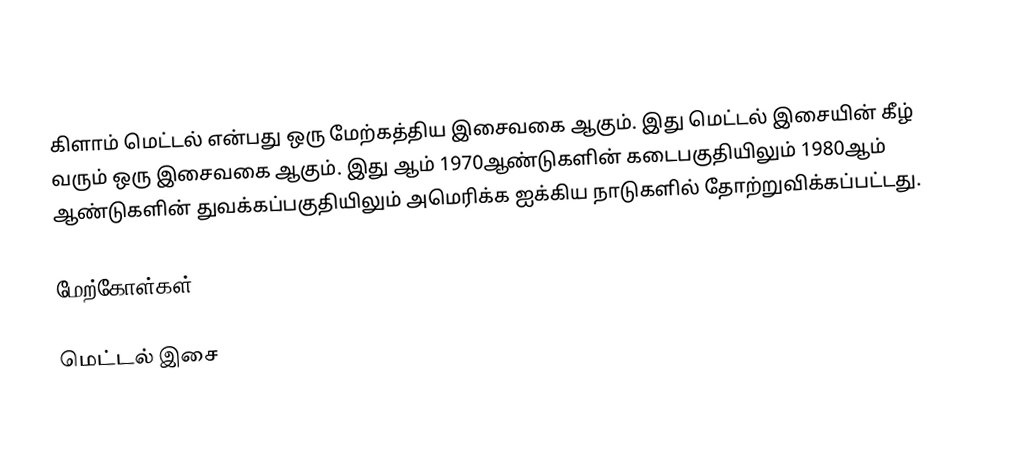
கிளாம் மெட்டல் என்பது ஒரு மேற்கத்திய இசைவகை ஆகும். இது மெட்டல் இசையின் கீழ் வரும் ஒரு இசைவகை ஆகும். இது ஆம் 1970ஆண்டுகளின் கடைபகுதியிலும் 1980ஆம் ஆண்டுகளின் துவக்கப்பகுதியிலும் அமெரிக்க ஐக்கிய நாடுகளில் தோற்றுவிக்கப்பட்டது.

மேற்கோள்கள்

மெட்டல் இசை